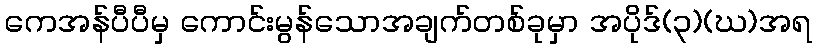
ကေအန်ပီပီမှ ကောင်းမွန်သောအချက်တစ်ခုမှာ အပိုဒ်(၃)(ဃ)အရ